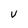
Character: v